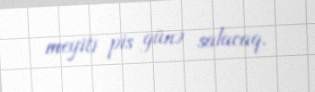
meyiti pis günə salacaq.